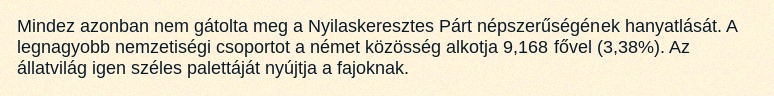
Mindez azonban nem gátolta meg a Nyilaskeresztes Párt népszerűségének hanyatlását. A legnagyobb nemzetiségi csoportot a német közösség alkotja 9,168 fővel (3,38%). Az állatvilág igen széles palettáját nyújtja a fajoknak.